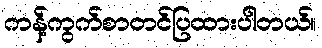
ကန့်ကွက်စာတင်ပြထားပါတယ်။